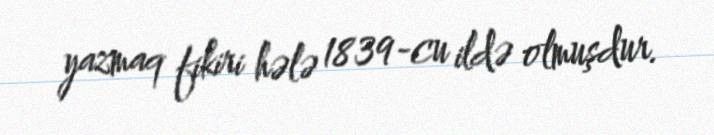
yazmaq fikiri hələ 1839-cu ildə olmuşdur.